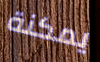
يمكنة